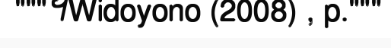
"""។Widoyono (2008) , p."""